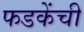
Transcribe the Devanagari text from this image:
फडकेंची